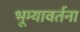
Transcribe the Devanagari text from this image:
भूम्यावर्तना